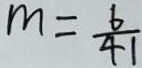
m = \frac { 6 } { 4 1 }